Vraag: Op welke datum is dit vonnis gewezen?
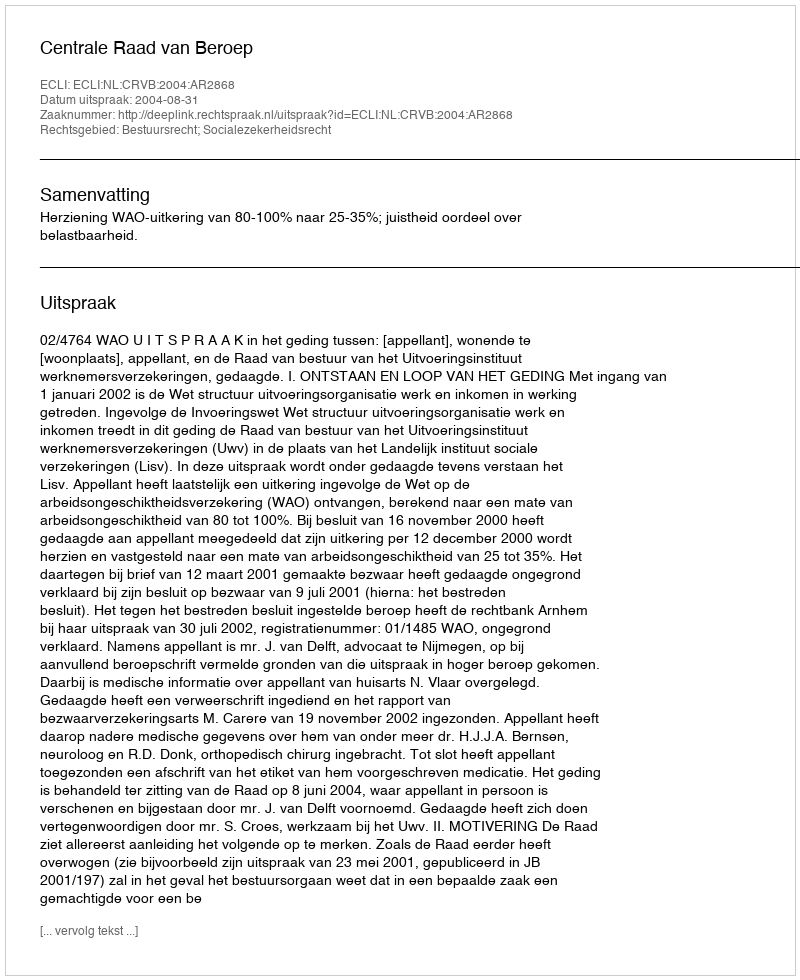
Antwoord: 2004-08-31